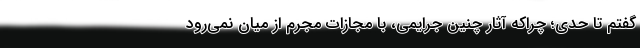
گفتم تا حدي؛ چراكه آثار چنين جرايمي، با مجازات مجرم از ميان نمي‌رود